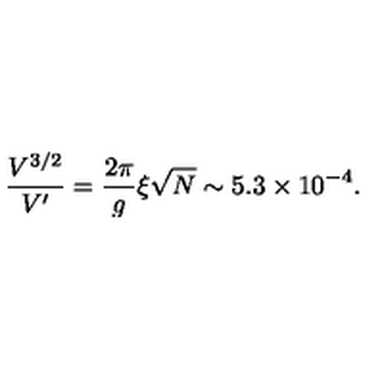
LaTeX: { \frac { V ^ { 3 / 2 } } { V ^ { \prime } } } = { \frac { 2 \pi } { g } } { \xi \sqrt N } \sim 5 . 3 \times 1 0 ^ { - 4 } .